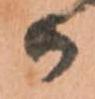
か